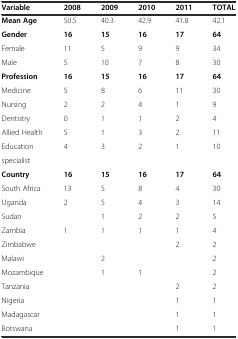
<table><thead><tr><td><b>Variable</b></td><td><b>2008</b></td><td><b>2009</b></td><td><b>2010</b></td><td><b>2011</b></td><td><b>TOTAL</b></td></tr></thead><tbody><tr><td><b>Mean Age</b></td><td>50.5</td><td>40.3</td><td>42.9</td><td>41.8</td><td>42.1</td></tr><tr><td><b>Gender</b></td><td><b>16</b></td><td><b>15</b></td><td><b>16</b></td><td><b>17</b></td><td><b>64</b></td></tr><tr><td>Female</td><td>11</td><td>5</td><td>9</td><td>9</td><td>34</td></tr><tr><td>Male</td><td>5</td><td>10</td><td>7</td><td>8</td><td>30</td></tr><tr><td><b>Profession</b></td><td><b>16</b></td><td><b>15</b></td><td><b>16</b></td><td><b>17</b></td><td><b>64</b></td></tr><tr><td>Medicine</td><td>5</td><td>8</td><td>6</td><td>11</td><td>30</td></tr><tr><td>Nursing</td><td>2</td><td>2</td><td>4</td><td>1</td><td>9</td></tr><tr><td>Dentistry</td><td>0</td><td>1</td><td>1</td><td>2</td><td>4</td></tr><tr><td>Allied Health</td><td>5</td><td>1</td><td>3</td><td>2</td><td>11</td></tr><tr><td>Education</td><td>4</td><td>3</td><td>2</td><td>1</td><td>10</td></tr><tr><td>specialist</td><td></td><td></td><td></td><td></td><td></td></tr><tr><td><b>Country</b></td><td><b>16</b></td><td><b>15</b></td><td><b>16</b></td><td><b>17</b></td><td><b>64</b></td></tr><tr><td>South Africa</td><td>13</td><td>5</td><td>8</td><td>4</td><td>30</td></tr><tr><td>Uganda</td><td>2</td><td>5</td><td>4</td><td>3</td><td>14</td></tr><tr><td>Sudan</td><td></td><td>1</td><td>2</td><td>2</td><td>5</td></tr><tr><td>Zambia</td><td>1</td><td>1</td><td>1</td><td>1</td><td>4</td></tr><tr><td>Zimbabwe</td><td></td><td></td><td></td><td>2</td><td>2</td></tr><tr><td>Malawi</td><td></td><td>2</td><td></td><td></td><td>2</td></tr><tr><td>Mozambique</td><td></td><td>1</td><td>1</td><td></td><td>2</td></tr><tr><td>Tanzania</td><td></td><td></td><td></td><td>2</td><td>2</td></tr><tr><td>Nigeria</td><td></td><td></td><td></td><td>1</td><td>1</td></tr><tr><td>Madagascar</td><td></td><td></td><td></td><td>1</td><td>1</td></tr><tr><td>Botswana</td><td></td><td></td><td></td><td>1</td><td>1</td></tr></tbody></table>